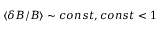
\langle \delta B / B \rangle \sim c o n s t , c o n s t < 1